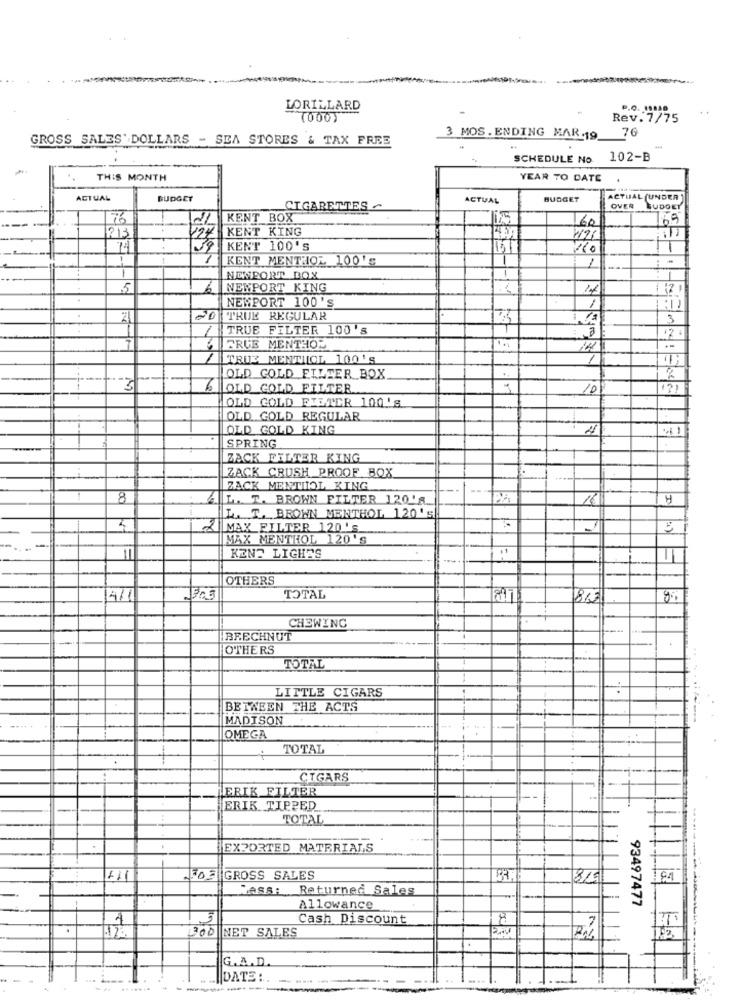
LORILLARD
....
(000)
Rev.7/75
GROSS SALES' DOLLARS - SEA STORES & TAX FREE
3 MOS.ENDING MAR.19 76
SCHEDULE No 102-B
THIS MONTH
YEAR TO DATE
ACTUAL
BUDGET
ACTUAL
BUDGET
ACTUAL (UNDER ]
CIGARETTES~
OVER
KENT BOX
60
KENT KING
23
427
74
39 KENT 100'S
1
KENT MENTHOL 100's
1
: -
1-
NONPORT BOX
1
5
NEWPORT KING
17
121
NEMPORT 100'S
20 TRUK REGULAR
3
1
TRUE FILTER 100's
FRUE MENTHOM
14
ATTRUE MENTILOL 100'S
-- +
OLD GOLD FILTER BOX
6
OLD GOLD FILTER
10
12
OLD GOLD FILTER 100's
OLD GOLD REGULAR
OLD GOLD KING
SPRING
ZACK FILTER KING
ZACK CRUSH PROOF BOX
ZACK MENTHOL KING
8
AL. T. BROWN FILTER 120'S.
H
L. T. BROWN MENTHOL 120 'S
MAX FILTER 120 'S
MAX MENTHOL 120'S
11
KENS LIGHTS
OTHERS
4/1
TOTAL
815
CHEWING
BRECHNUT
OTHERS
TOTAL
LITTLE CIGARS
BETWEEN THE ACTS
MADISON
OMEGA
TOTAL
..
CIGARS
ERIK FILTER
ERIK TIPPED
TOTAL
EXPORTED MATERIALS
11
GROSS SALES
8/9
194
WASA:
Returned Sales
93497477
Allowance
Cash Discount
300 NET SALES
G.A.D.
DATE :
--